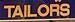
tailors